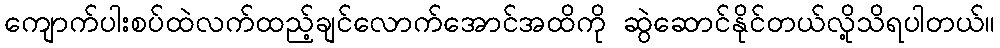
ကျောက်ပါးစပ်ထဲလက်ထည့်ချင်လောက်အောင်အထိကို ဆွဲဆောင်နိုင်တယ်လို့သိရပါတယ်။